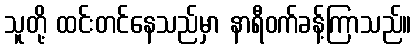
သူတို့ ထင်းတင်နေသည်မှာ နာရီဝက်ခန့်ကြာသည်။